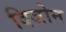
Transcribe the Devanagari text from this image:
दिजोन